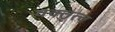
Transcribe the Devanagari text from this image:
वक्तृत्‍व